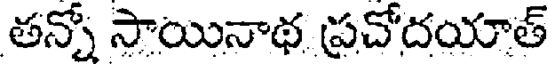
తన్నో సాయినాథ ప్రచోదయాత్